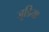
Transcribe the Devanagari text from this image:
जूडिया